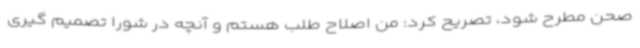
صحن مطرح شود، تصریح کرد: من اصلاح طلب هستم و آنچه در شورا تصمیم گیری